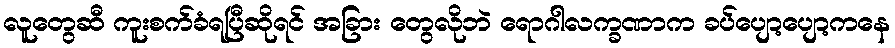
လူတွေဆီ ကူးစက်ခံရပြီဆိုရင် အခြား တွေလိုဘဲ ရောဂါလက္ခဏာက ခပ်ပျော့ပျော့ကနေ